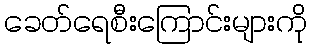
ခေတ်ရေစီးကြောင်းများကို